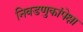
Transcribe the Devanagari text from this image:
निवडणुकांपेक्षा